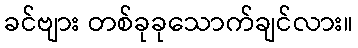
ခင်ဗျား တစ်ခုခုသောက်ချင်လား။